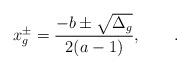
LaTeX: \begin{align*}x_g^\pm={-b\pm\sqrt{\Delta_g}\over 2(a-1)},\qquad.\end{align*}